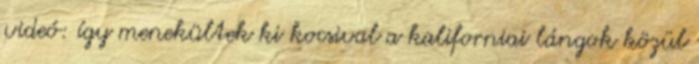
videó: így menekültek ki kocsival a kaliforniai lángok közül